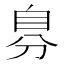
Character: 𮍔